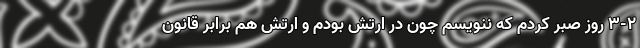
۳-۲ روز صبر کردم که ننویسم چون در ارتش بودم و ارتش هم برابر قانون